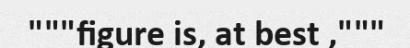
"""figure is, at best ,"""